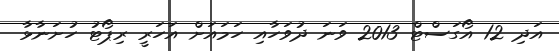
އަދި 12 އޯގަސްޓް 2013 ވަނަ ދުވަހާއި ހަމައަށް އަހަރީ ރިޕޯޓު ހުށަނާޅާ